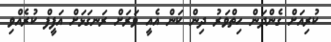
ކުރިއަށް ގެންދަން ހިތްވަރު ދިން ކަން އެއީ ވަރަށް ރަނގަޅަށް އަފީފް ކުރެއްވި